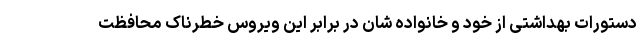
دستورات بهداشتی از خود و خانواده شان در برابر این ویروس خطرناک محافظت